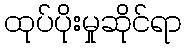
ထုပ်ပိုးမှုဆိုင်ရာ